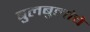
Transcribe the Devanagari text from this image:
बुलबुलांचे